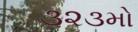
૩૨૩મો